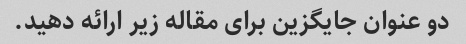
دو عنوان جایگزین برای مقاله زیر ارائه دهید.